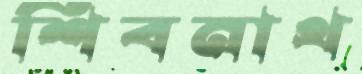
শিবনাথ